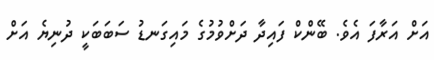
އަށް އަރާފަ އެވެ. ބޭންކް ފައިދާ ދަށްވުމުގެ މައިގަނޑު ސަބަބަކީ ދުނިޔެ އަށް